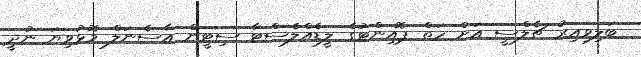
ބަލިވިއިރު ޗެލްސީ އަށް ހަތް ޕޮއިންޓުގެ ލީޑެއްލެސްޓާ ސިޓީން އާސެނަލް މޮޅުވިޔަ ނުދީ